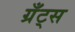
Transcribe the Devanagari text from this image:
ग्रँट्स